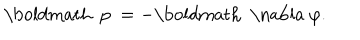
\mathrm { \boldmath ~ p ~ } = - \mathrm { \boldmath ~ \nabla ~ } \varphi .